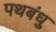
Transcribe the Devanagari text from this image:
पथबंधु